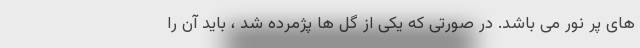
های پر نور می باشد. در صورتی که یکی از گل ها پژمرده شد ، باید آن را